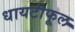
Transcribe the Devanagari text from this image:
धायटीफूल